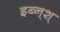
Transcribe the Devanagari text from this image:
इब्न्‌श्